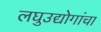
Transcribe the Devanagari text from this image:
लघुउद्योगांचा